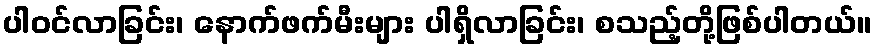
ပါဝင်လာခြင်း၊ နောက်ဖက်မီးများ ပါရှိလာခြင်း၊ စသည့်တို့ဖြစ်ပါတယ်။